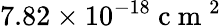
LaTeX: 7.82\times 10^{-18}\mathrm{~c~m~}^{2}